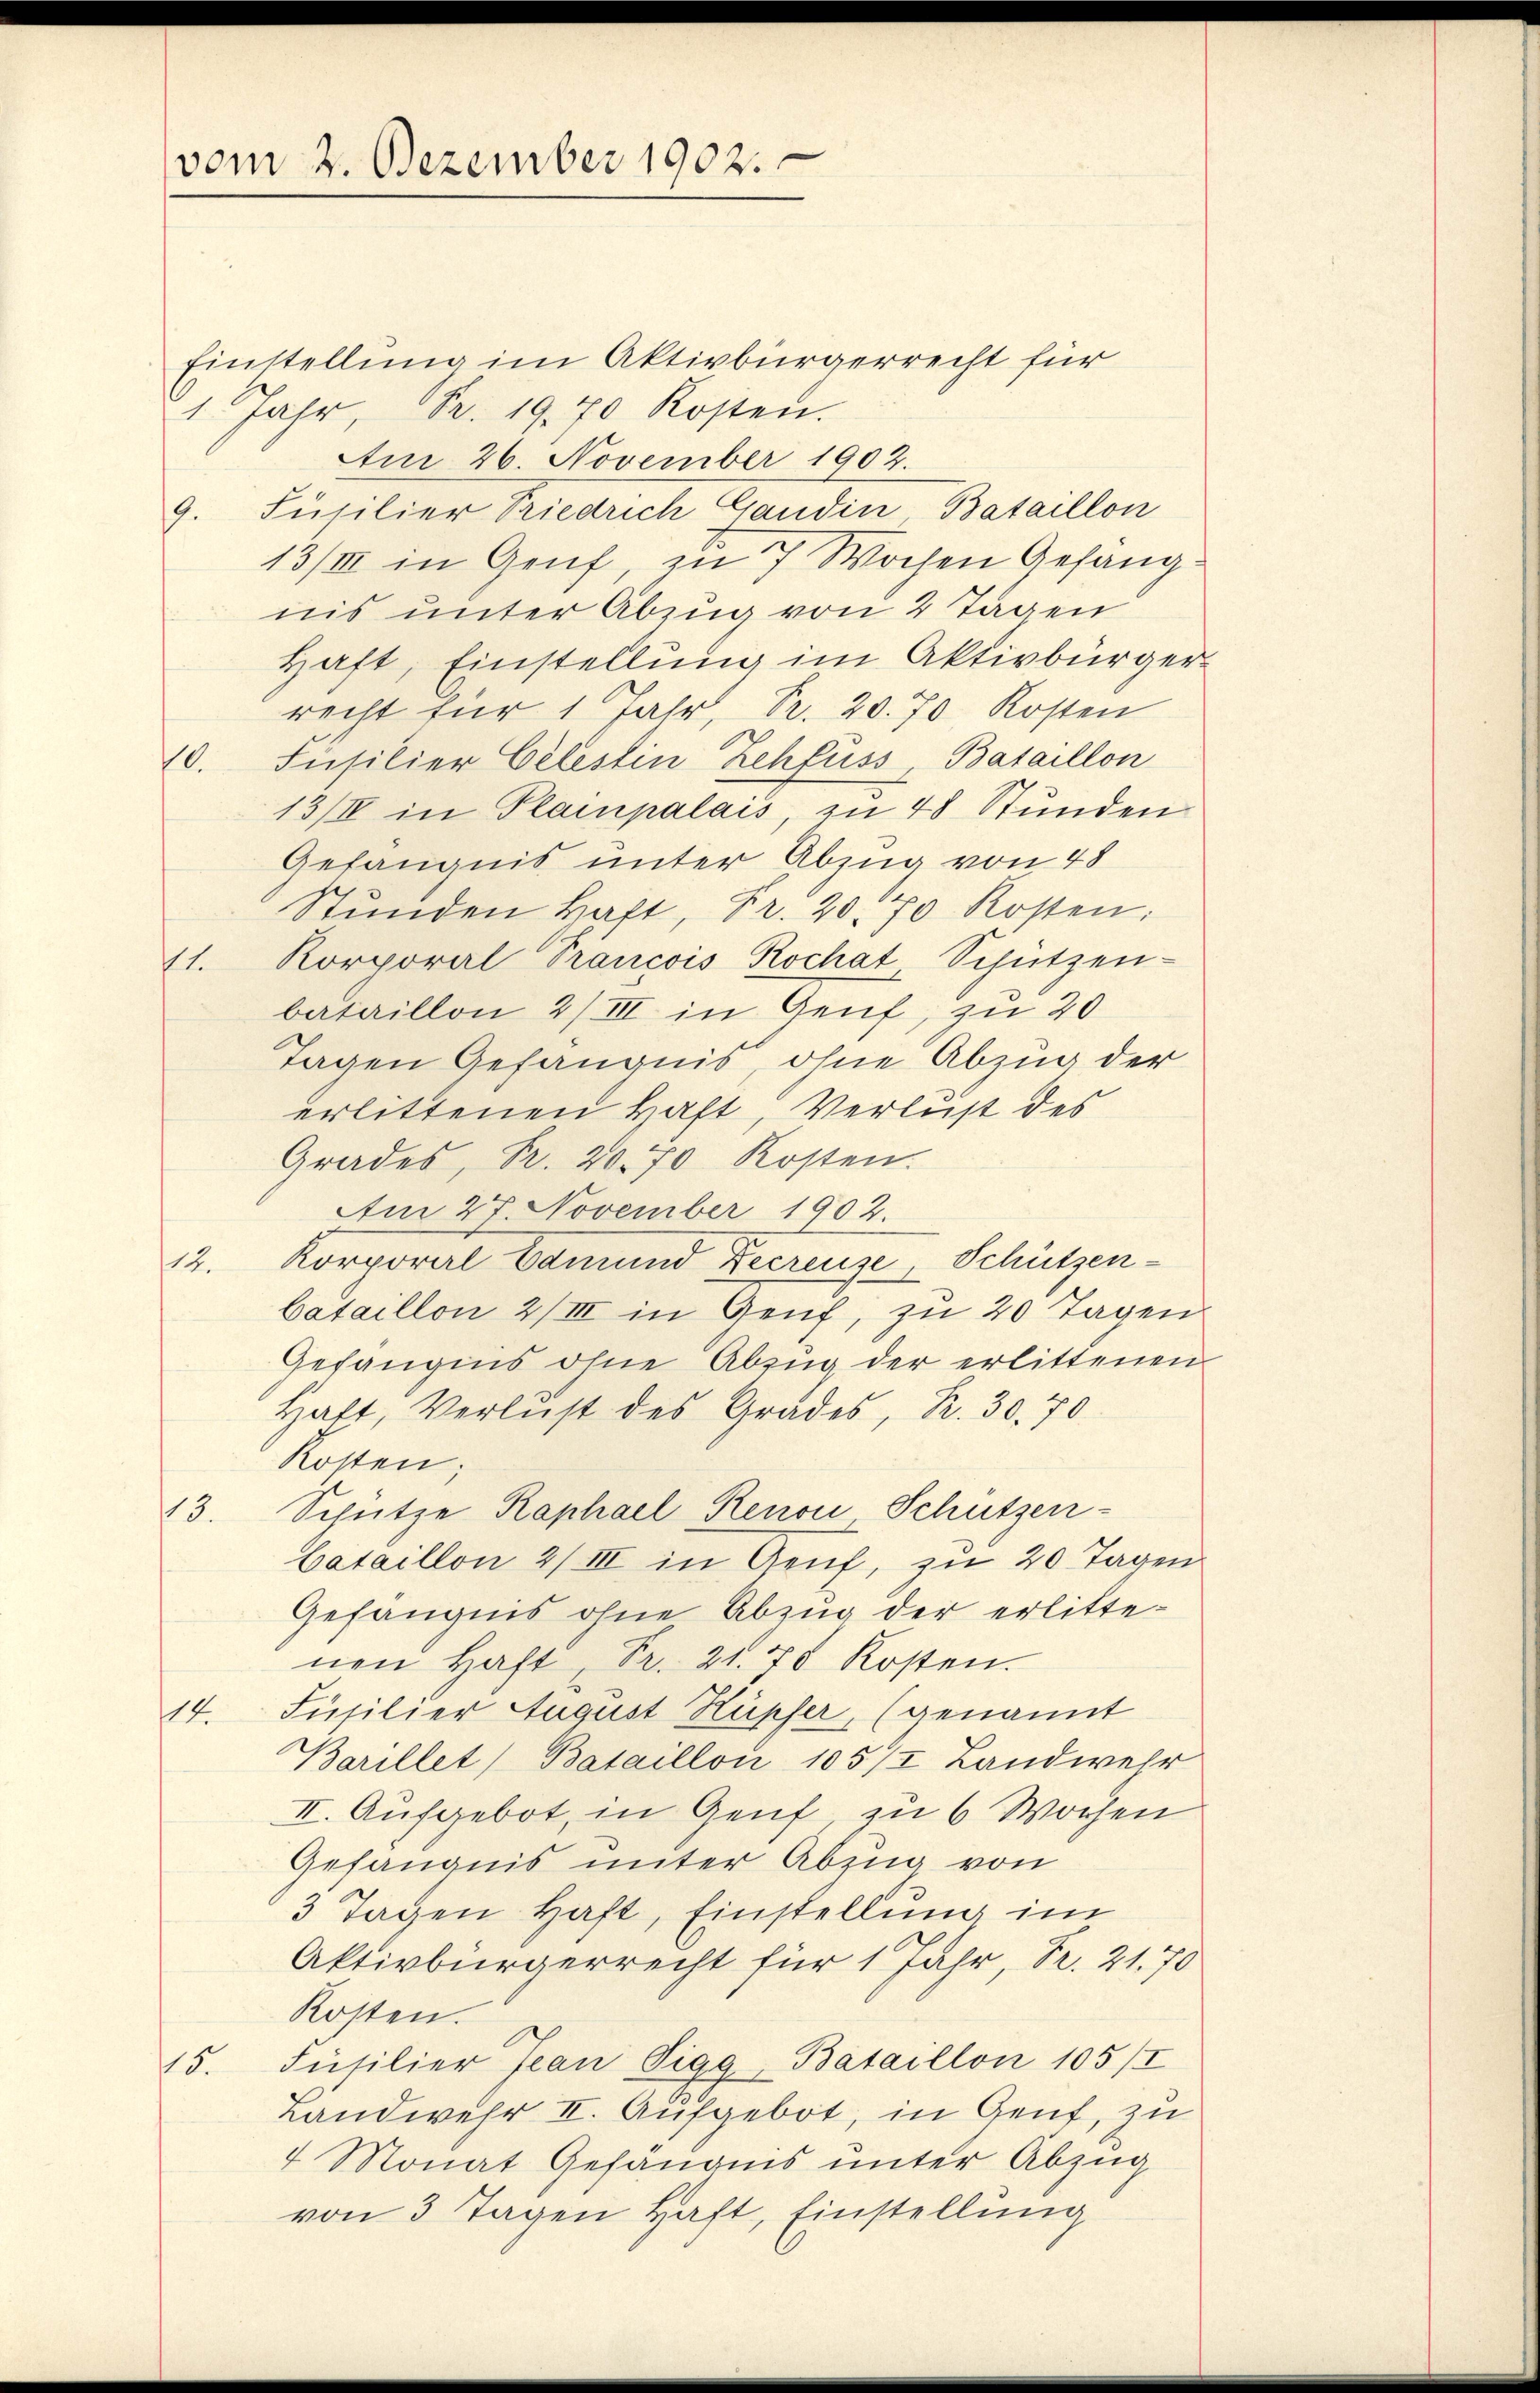
Einstellung im Aktivbürgerrecht für
1. Jahr, Fr. 19. 70 Kosten.
Am 26. November 1902.
9. Füsilier Triedrich Gandin Bataillon
13/III in Genf, zu 7 Wochen Gefangnis unter Abzug von 2 Tagen
Haft, Einstellung im Aktivbürgerrecht für 1 Jahr, Pr. 20. 70 Kosten
10. Füsilier Celesten Zehfuss, Bataillon
13/IV in Plainpalais zu 48 Stŭnden
Gefängnis unter Abzug von 48
Stŭnden haft, Fr. 20. 70 Kosten:
(1. Korporal Prancois Rochat Schützen-
bataillon 2/III in Genf, zu 20
Tagen Gefängnis, ohne Abzug der
erlittenen Haft, Verlust des
Grades, R. 20. 70 Kosten.
Am 27. November 1902.
12. Korporal Camund Leerenze, Schützenbataillon 2/III in Genf, zu 20 Tagen
Gefängnis ohne Abzug der erlittenen
Haft, Verlust des Grades, Kr. 30. 70
Kosten;
13. Schütze Raphael Renov Schützen-
bataillon 2/III in Genf, zu 20 Tagen
Gefängnis ohne Abzug der erlittenen haft, Pr. 21. 78 Kosten.
14. Füsilier August Hüpfer, (genannt
Barillet Bataillon 105/I Landwehr
II. Aufgebot, in Genf zu 6 Wochen
Gefängnis unter Abzug von
3 Tagen Haft, Einstellung im
Aktivbürgerrecht für 1 Jahr, Pr. 21. 70
Kosten.
15. Füsilier Jean Pigg-Bataillon 105/I
Landwehr II. Aufgebot, in Genf, zu
4 Monat Gefängnis unter Abzug
von 3 Tagen Haft, Einstellung

vom 2. Dezember 1902.